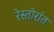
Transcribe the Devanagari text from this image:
रेस्तोरांत